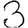
Digit: 3